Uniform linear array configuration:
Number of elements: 4
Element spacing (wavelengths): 1
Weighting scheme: kaiser
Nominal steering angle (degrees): -60
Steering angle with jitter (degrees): -58.333
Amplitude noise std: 0.05
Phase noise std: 0.05

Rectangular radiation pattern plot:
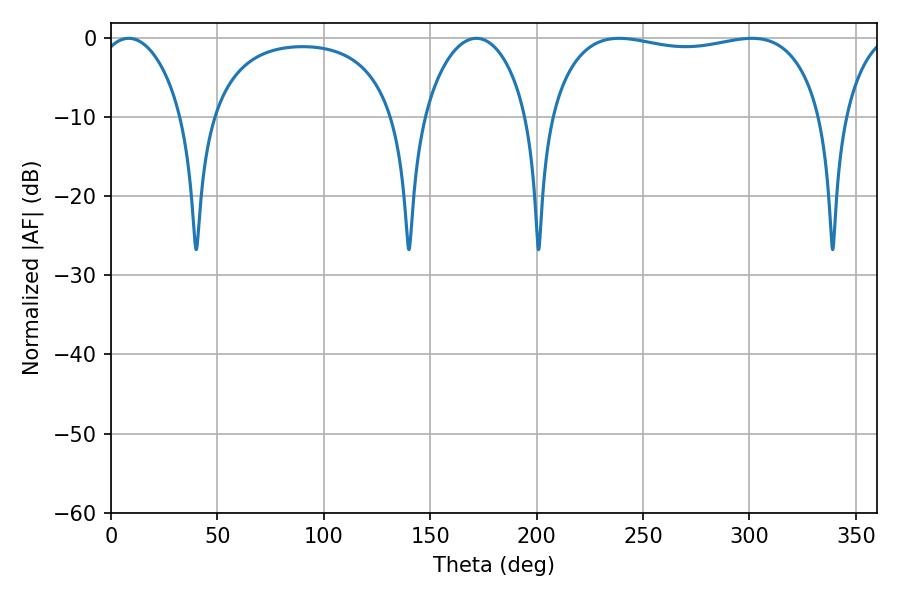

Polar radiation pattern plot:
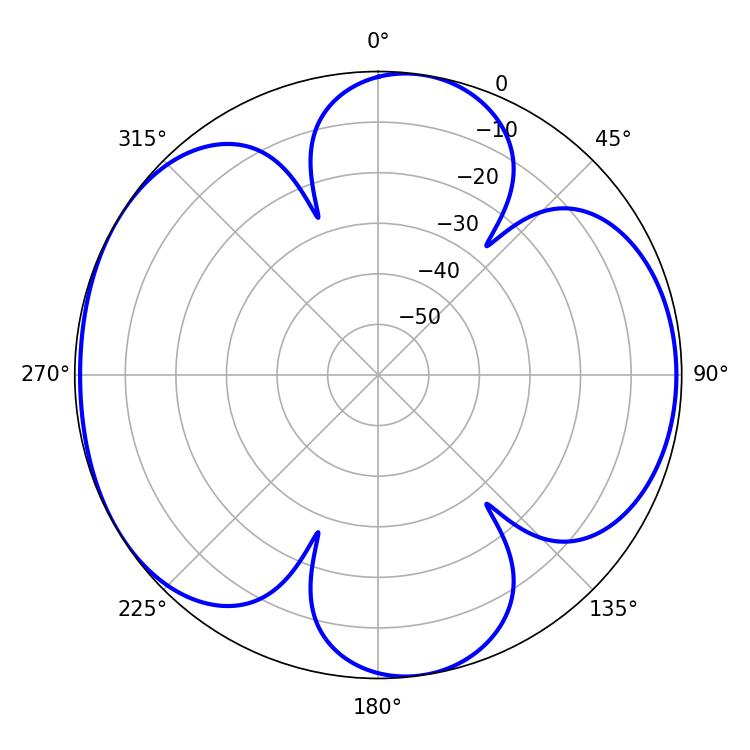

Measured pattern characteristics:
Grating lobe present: TRUE
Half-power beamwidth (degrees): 103.32
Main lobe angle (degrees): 238.86